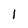
Character: 1